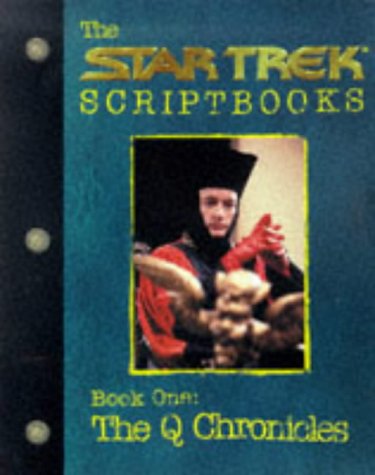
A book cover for The Startrek Scriptbooks Book One: The Q Chronicles (Startrek the Next Generation); D. C. Fontana; Science Fiction & Fantasy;